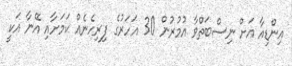
އިންޑިއާ އަށް ނިސްބަތްވާ އުމުރުން 30 އަހަރުގެ ފިރިހެނެއް ކަމަށާއި އޭނާ އަކީ